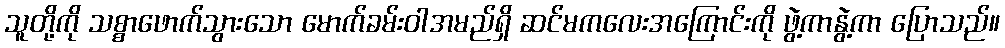
သူတို့ကို သစ္စာဖောက်သွားသော မောက်ခမ်းဝါအမည်ရှိ ဆင်မကလေးအကြောင်းကို ဖွဲ့ကာနွဲ့ကာ ပြောသည်။